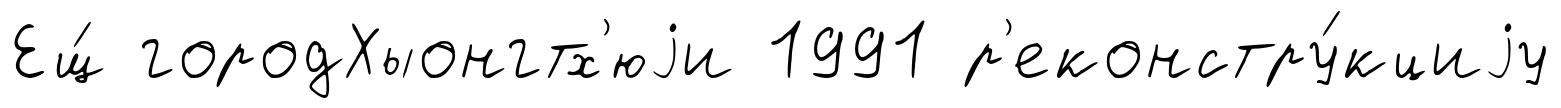
Ещ́ городХыонгтх'юjи 1991 р'еконстру́кциjу